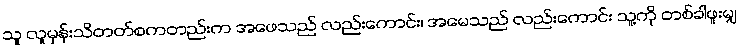
သူ လူမှန်းသိတတ်စကတည်းက အဖေသည် လည်းကောင်း၊ အမေသည် လည်းကောင်း သူ့ကို တစ်ခါဖူးမျှ